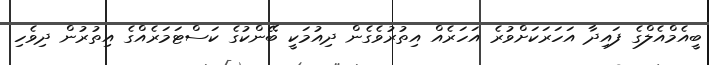
ބީއެމްއެލްގެ ފައިދާ އަހަރަކަށްވުރެ އަހަރެއް އިތުރުވެގެން ދިއުމަކީ ބޭންކުގެ ކަސްޓަމަރެއްގެ އިތުރުން ދިވެހި